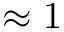
\approx 1